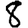
Digit: 8